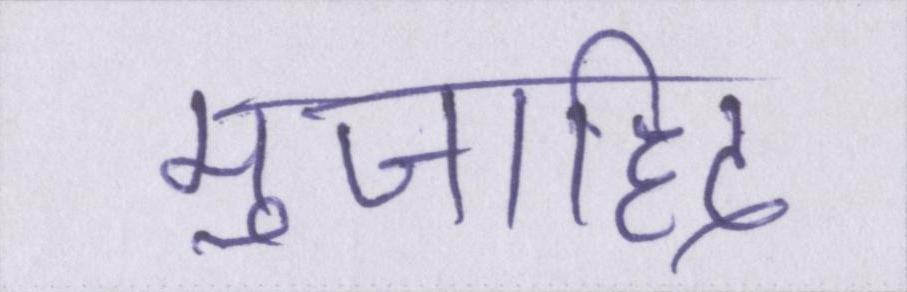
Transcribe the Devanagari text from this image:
मुजाहिद